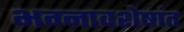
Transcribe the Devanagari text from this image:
भग्नावशेषांत